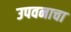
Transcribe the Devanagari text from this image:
उपवनाचा